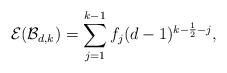
LaTeX: \begin{align*} \mathcal{E}(\mathcal{B}_{d, k}) &= \sum_{j = 1}^{k-1} f_j (d-1)^{k-\frac{1}{2}-j} , \end{align*}